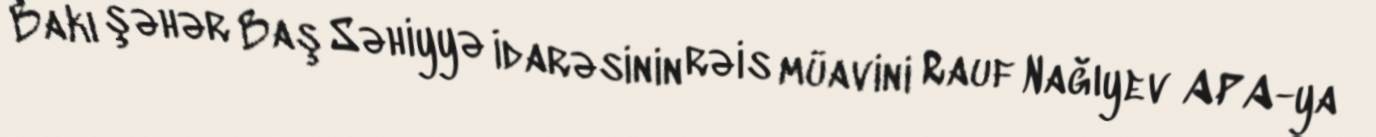
Bakı şəhər Baş Səhiyyə İdarəsinin rəis müavini Rauf Nağıyev APA-ya